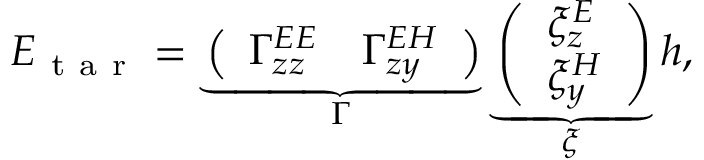
\begin{array} { r } { E _ { \mathrm { ~ t ~ a ~ r ~ } } = \underbrace { \left( \begin{array} { l l } { \Gamma _ { z z } ^ { E E } } & { \Gamma _ { z y } ^ { E H } } \end{array} \right) } _ { \Gamma } \underbrace { \left( \begin{array} { l } { \xi _ { z } ^ { E } } \\ { \xi _ { y } ^ { H } } \end{array} \right) } _ { \xi } h , } \end{array}